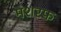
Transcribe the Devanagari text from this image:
मशरफ